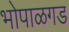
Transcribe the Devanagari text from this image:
भोपाळगड